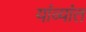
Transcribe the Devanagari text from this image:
यांव्यांत